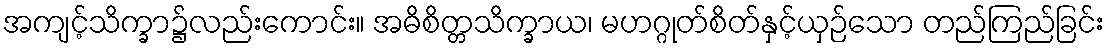
အကျင့်သိက္ခာ၌လည်းကောင်း။ အဓိစိတ္တသိက္ခာယ၊ မဟဂ္ဂုတ်စိတ်နှင့်ယှဉ်သော တည်ကြည်ခြင်း